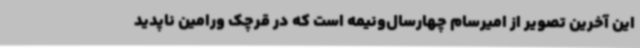
این آخرین تصویر از امیرسام چهارسال‌ونیمه است که در قرچک ورامین ناپدید